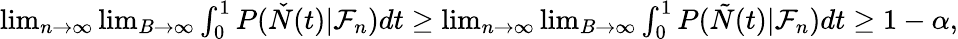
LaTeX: \begin{array}{r}{\operatorname*{lim}_{n\to\infty}\operatorname*{lim}_{B\to\infty}\int_{0}^{1}P(\check{N}(t)|\mathcal{F}_{n})dt\geq\operatorname*{lim}_{n\to\infty}\operatorname*{lim}_{B\to\infty}\int_{0}^{1}P(\tilde{N}(t)|\mathcal{F}_{n})dt\geq 1-\alpha,}\end{array}